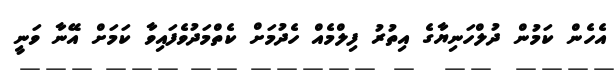
އެހެން ކަމުން ދުލްހަނިޔާގެ އިތުރު ފިލްމެއް ހެދުމަށް ކެތްމަދުވެފަައިވާ ކަމަށް އޭނާ ވަނީ